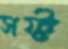
সফ্ট